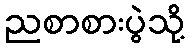
ညစာစားပွဲသို့